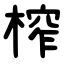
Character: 榨